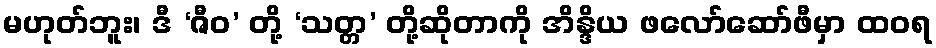
မဟုတ်ဘူး၊ ဒီ ‘ဇီဝ’ တို့ ‘သတ္တ’ တို့ဆိုတာကို အိန္ဒိယ ဖလော်ဆော်ဖီမှာ ထဝရ